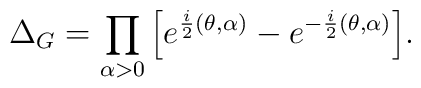
\Delta_G=\prod_{\alpha > 0} \Big[e^{\frac{i}{2} (\theta,\alpha)}-e^{-\frac{i}{2} (\theta,\alpha)} \Big].